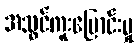
အသွင်ကူးပြောင်းမှု